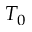
T _ { 0 }